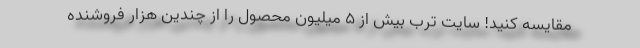
مقایسه کنید! سایت ترب بیش از ۵ میلیون محصول را از چندین هزار فروشنده